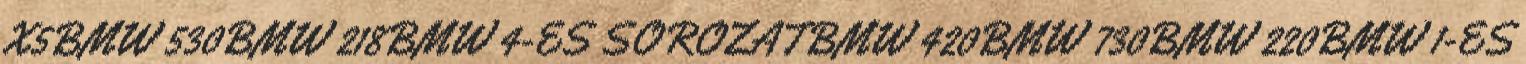
X5BMW 530BMW 218BMW 4-ES SOROZATBMW 420BMW 730BMW 220BMW 1-ES